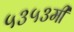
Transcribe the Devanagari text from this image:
५३५३मी